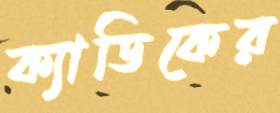
ক্যাডিকের